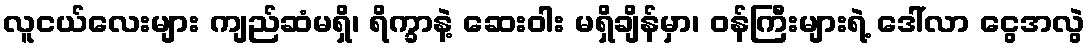
လူငယ်လေးများ ကျည်ဆံမရှိ၊ ရိက္ခာနဲ့ ဆေးဝါး မရှိချိန်မှာ၊ ဝန်ကြီးများရဲ့ ဒေါ်လာ ငွေအလွဲ